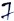
Text: 7